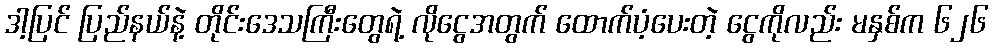
ဒါ့ပြင် ပြည်နယ်နဲ့ တိုင်းဒေသကြီးတွေရဲ့ လိုငွေအတွက် ထောက်ပံ့ပေးတဲ့ ငွေကိုလည်း မနှစ်က ၆၂၆